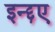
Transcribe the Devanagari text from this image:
इन्द्दए